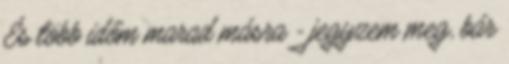
És több időm marad másra - jegyzem meg, bár